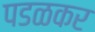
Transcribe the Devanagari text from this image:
पडळकर